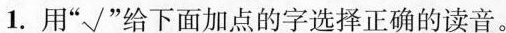
1.用“√”给下面加点的字选择正确的读音。